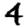
Digit: 4